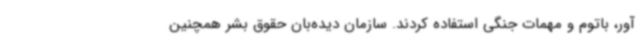
آور، باتوم و مهمات جنگی استفاده کردند. سازمان دیده‌بان حقوق بشر همچنین